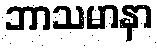
ဘာသမာနာ